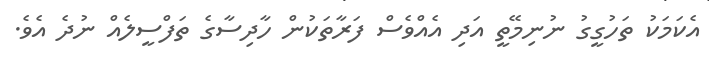
އެކަމަކު ތަހުގީގު ނުނިމޭތީ އަދި އެއްވެސް ފަރާތަކުން ހާދިސާގެ ތަފްސީލެއް ނުދެ އެވެ.